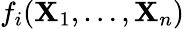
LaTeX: f_{i}(\mathbf{X}_{1},\dots,\mathbf{X}_{n})